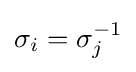
\sigma _{i}=\sigma _{j}^{-1}